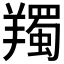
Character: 𦏕